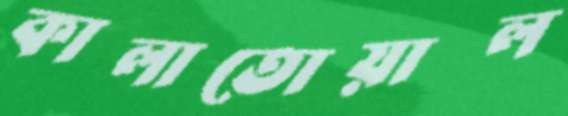
কালাতোয়াল